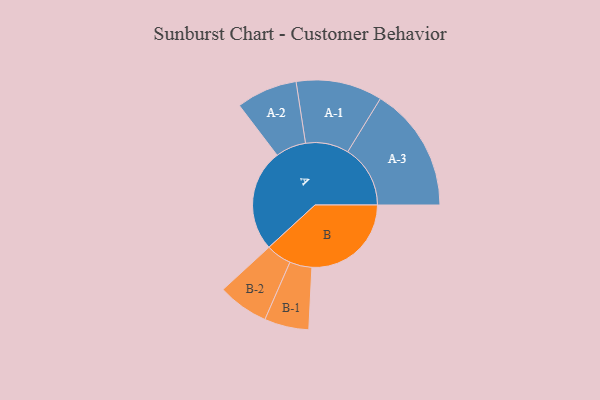
{"axis": {"x": "Segment", "y": "Value"}, "legend": ["", "A", "B"], "data": [{"x": "A", "y": 468, "type": ""}, {"x": "B", "y": 456, "type": ""}, {"x": "A-1", "y": 198, "type": "A"}, {"x": "A-2", "y": 140, "type": "A"}, {"x": "A-3", "y": 287, "type": "A"}, {"x": "B-1", "y": 102, "type": "B"}, {"x": "B-2", "y": 117, "type": "B"}]}